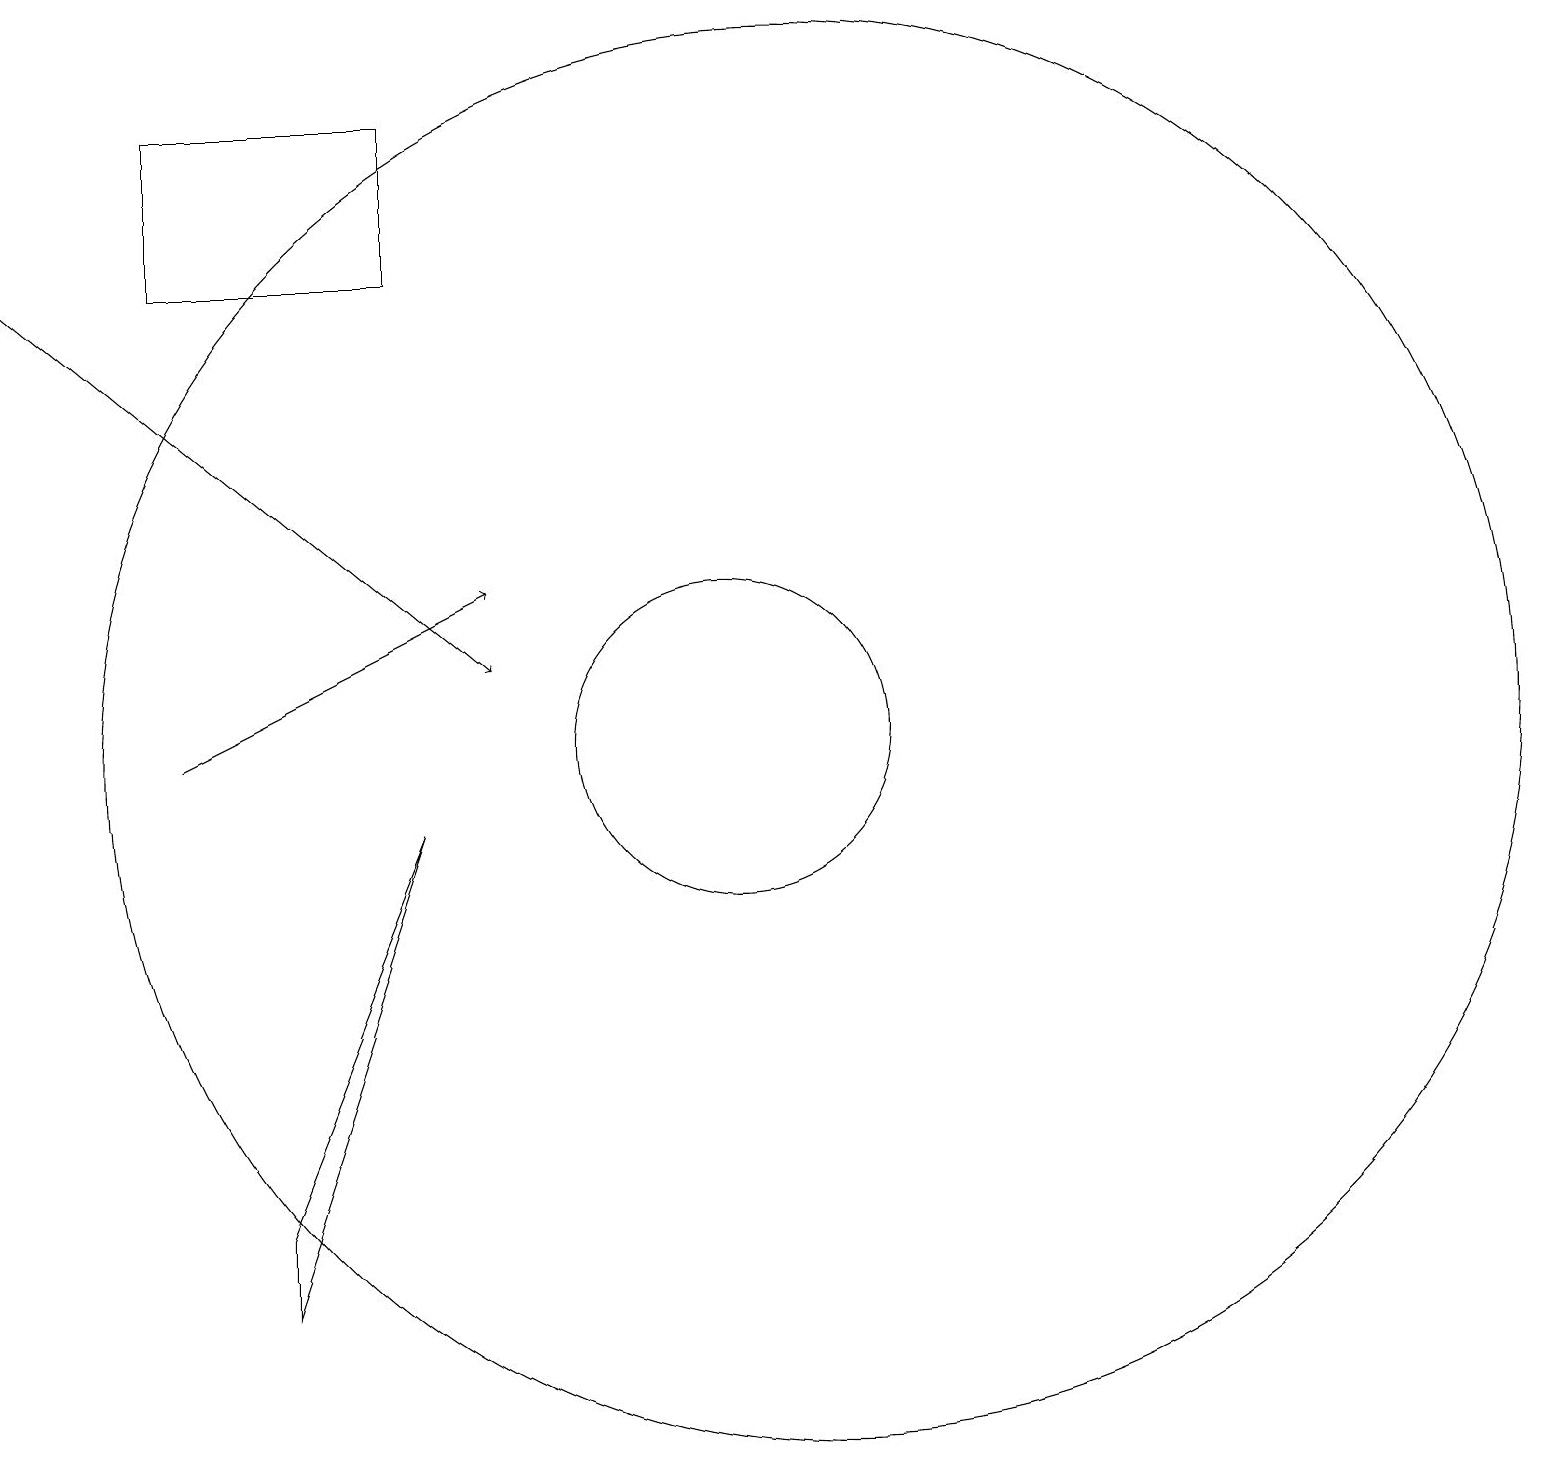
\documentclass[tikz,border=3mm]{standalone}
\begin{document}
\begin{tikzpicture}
\draw (4,18) rectangle (7,16);
\draw (12,10) circle (9);
\draw (11,10) circle (2);
\draw (5,4) -- (5,3) -- (7,9) -- cycle;
\draw[->] (2,16) -- (8,11);
\draw[->] (4,10) -- (8,12);
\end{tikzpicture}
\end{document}